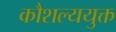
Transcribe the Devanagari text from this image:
कौशल्ययुक्त